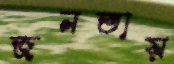
জনতায়